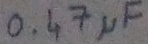
Text: 0.4µF